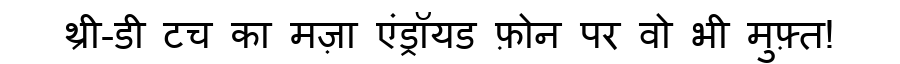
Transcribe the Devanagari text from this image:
थ्री-डी टच का मज़ा एंड्रॉयड फ़ोन पर वो भी मुफ़्त!